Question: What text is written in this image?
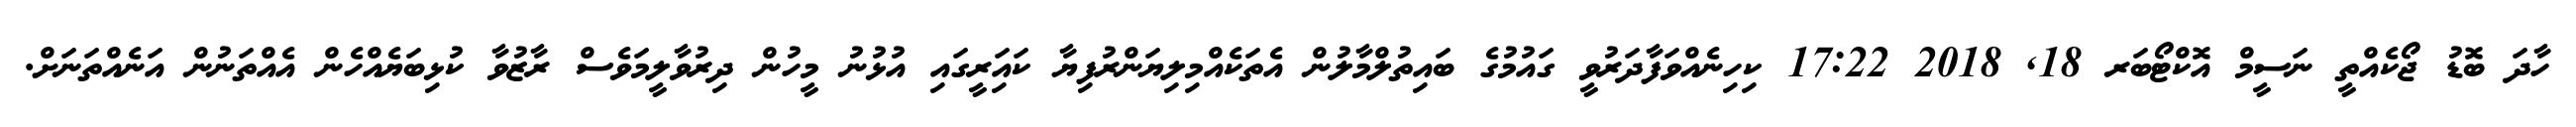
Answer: ހާދަ ބޮޑު ޖޯކެއްތީ ނަސީމް އޮކްޓޯބަރ 18, 2018 17:22 ކިހިނެއްވަފާދަރުވީ ގައުމުގެ ބައިތުލްމާލުން އެތަކެއްމިލިޔަންރުފިޔާ ކައަިރީގައި އުޅުނު މީހުން ދިރުވާލީމަވެސް ރާޒުވާ ކުޅިބަޔެއްހެން އެއްތަނުން އަނެއްތަނަށް.